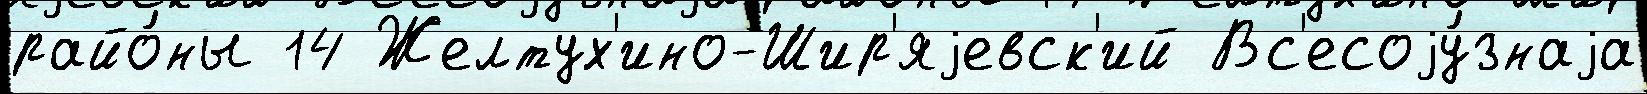
райо́ны 14 Желтух'ино-Шир'яjевск'ий Вс'есоjу́знаjа